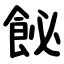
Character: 飶